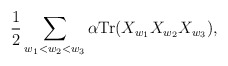
\begin{align*}{1\over 2}\sum_{w_1 < w_2 < w_3}\alpha {\rm Tr}(X_{w_1}X_{w_2}X_{w_3}),\end{align*}